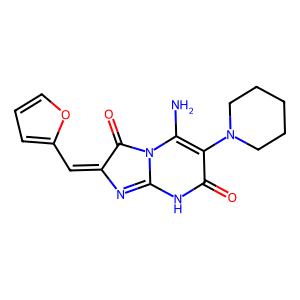
SMILES: NC1=C(N2CCCCC2)C(=O)NC2=NC(=Cc3ccco3)C(=O)N21
Inhibits HIV replication: No